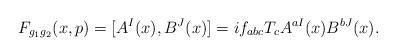
LaTeX: \begin{align*}F_{g_1g_2}(x,p)=[A^I(x),B^J(x)]=if_{abc}T_cA^{aI}(x)B^{bJ}(x).\end{align*}